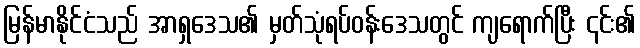
မြန်မာနိုင်ငံသည် အာရှဒေသ၏ မှတ်သုံရပ်ဝန်းဒေသတွင် ကျရောက်ပြီး ၎င်း၏